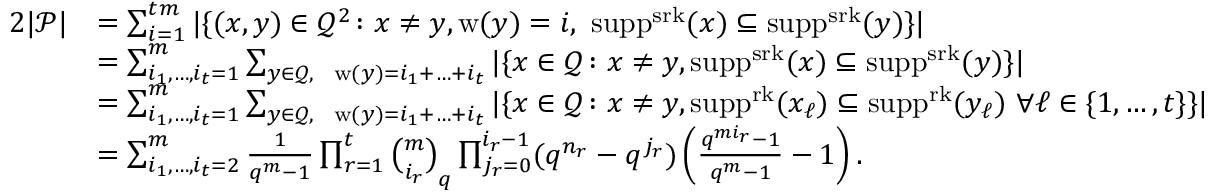
\begin{array} { r l } { 2 | \mathcal { P } | } & { = \sum _ { i = 1 } ^ { t m } | \{ ( x , y ) \in \mathcal { Q } ^ { 2 } \colon x \ne y , \mathrm { w } ( y ) = i , \, \, \mathrm { s u p p } ^ { \mathrm { s r k } } ( x ) \subseteq \mathrm { s u p p } ^ { \mathrm { s r k } } ( y ) \} | } \\ & { = \sum _ { i _ { 1 } , \ldots , i _ { t } = 1 } ^ { m } \sum _ { y \in \mathcal { Q } , \ \ \mathrm { w } ( y ) = i _ { 1 } + \ldots + i _ { t } } | \{ x \in \mathcal { Q } \colon x \ne y , \mathrm { s u p p } ^ { \mathrm { s r k } } ( x ) \subseteq \mathrm { s u p p } ^ { \mathrm { s r k } } ( y ) \} | } \\ & { = \sum _ { i _ { 1 } , \ldots , i _ { t } = 1 } ^ { m } \sum _ { y \in \mathcal { Q } , \ \ \mathrm { w } ( y ) = i _ { 1 } + \ldots + i _ { t } } | \{ x \in \mathcal { Q } \colon x \ne y , \mathrm { s u p p } ^ { \mathrm { r k } } ( x _ { \ell } ) \subseteq \mathrm { s u p p } ^ { \mathrm { r k } } ( y _ { \ell } ) \, \, \forall \ell \in \{ 1 , \ldots , t \} \} | } \\ & { = \sum _ { i _ { 1 } , \ldots , i _ { t } = 2 } ^ { m } \frac { 1 } { q ^ { m } - 1 } \prod _ { r = 1 } ^ { t } { \binom { m } { i _ { r } } } _ { q } \prod _ { j _ { r } = 0 } ^ { i _ { r } - 1 } ( q ^ { n _ { r } } - q ^ { j _ { r } } ) \left( \frac { q ^ { m i _ { r } } - 1 } { q ^ { m } - 1 } - 1 \right) . } \end{array}